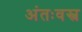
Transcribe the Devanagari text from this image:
अंतःवस्त्र